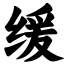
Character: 缓